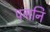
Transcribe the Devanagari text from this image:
पगनि